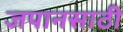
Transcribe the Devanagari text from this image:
जपानसाठी